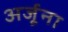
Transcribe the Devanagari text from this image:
अर्जूना